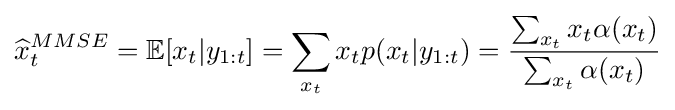
{\widehat {x}}_{t}^{MMSE}=\mathbb {E} [x_{t}|y_{1:t}]=\sum _{x_{t}}x_{t}p(x_{t}|y_{1:t})={\frac {\sum _{x_{t}}x_{t}\alpha (x_{t})}{\sum _{x_{t}}\alpha (x_{t})}}